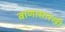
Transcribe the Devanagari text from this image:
बाणासारखी